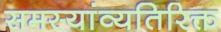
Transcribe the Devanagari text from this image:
समस्यांव्यतिरिक्त